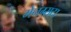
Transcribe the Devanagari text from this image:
गेनग्सटा